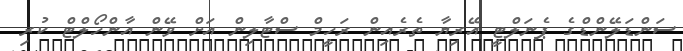
ސަންޑަލޭންޑްގެ ޕެނަލްޓީ އޭރިޔާ ތެރެއިން ރަހީމް ސްޓާލިން އަށް ވޭން އާންހޯލްޓް ކުރި